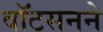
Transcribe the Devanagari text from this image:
वॉटसनने